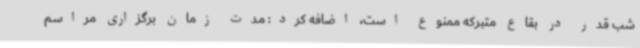
شب قدر در بقاع متبرکه ممنوع است، اضافه کرد: مدت زمان برگزاری مراسم